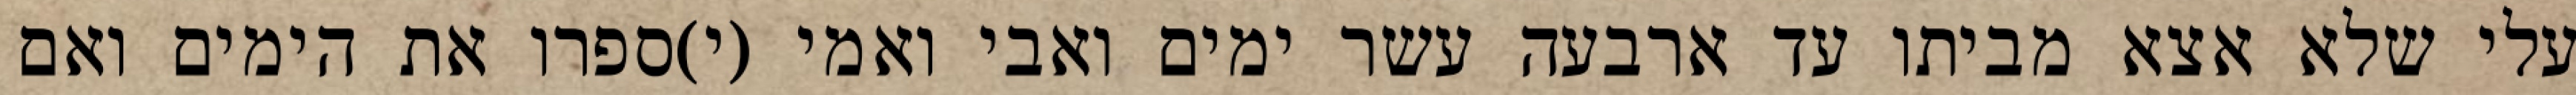
עלי שלא אצא מביתו עד ארבעה עשר ימים ואבי ואמי (י)ספרו את הימים ואם